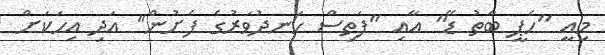
މިއީ "ހެޕީ ބާތު ޑޭ" އާއި "ފަތިސް ހަނދުވަރުގެ ފެށުން" އަދި އިހަކަށް